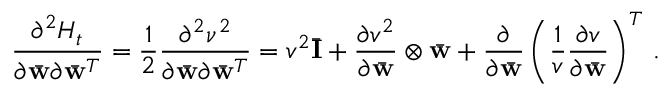
\frac { \partial ^ { 2 } { \cal H } _ { t } } { \partial \bar { \bf w } \partial \bar { \bf w } ^ { T } } = \frac { 1 } { 2 } \frac { \partial ^ { 2 } \nu ^ { 2 } } { \partial \bar { \bf w } \partial \bar { \bf w } ^ { T } } = v ^ { 2 } \bar { \bf I } + \frac { \partial v ^ { 2 } } { \partial \bar { \bf w } } \otimes \bar { \bf w } + \frac { \partial } { \partial \bar { \bf w } } \left( \frac { 1 } { v } \frac { \partial v } { \partial \bar { \bf w } } \right) ^ { T } \, .